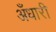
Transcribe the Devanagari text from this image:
अँधारी